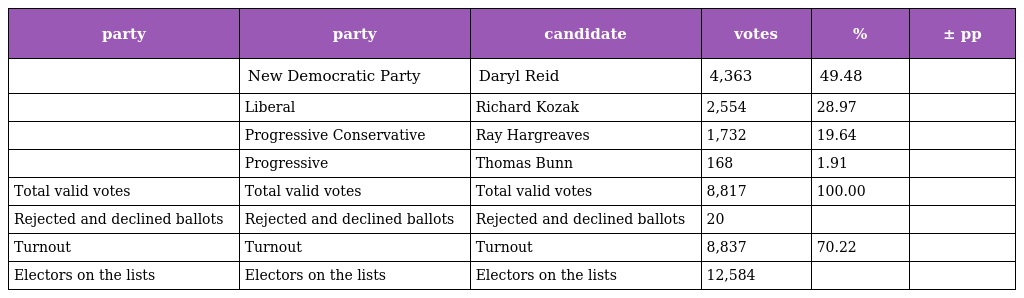
| party | party | candidate | votes | % | ± pp |
 | --- | --- | --- | --- | --- | --- |
 |  | New Democratic Party | Daryl Reid | 4,363 | 49.48 |  |
 |  | Liberal | Richard Kozak | 2,554 | 28.97 |  |
 |  | Progressive Conservative | Ray Hargreaves | 1,732 | 19.64 |  |
 |  | Progressive | Thomas Bunn | 168 | 1.91 |  |
 | Total valid votes | Total valid votes | Total valid votes | 8,817 | 100.00 |  |
 | Rejected and declined ballots | Rejected and declined ballots | Rejected and declined ballots | 20 |  |  |
 | Turnout | Turnout | Turnout | 8,837 | 70.22 |  |
 | Electors on the lists | Electors on the lists | Electors on the lists | 12,584 |  |  |